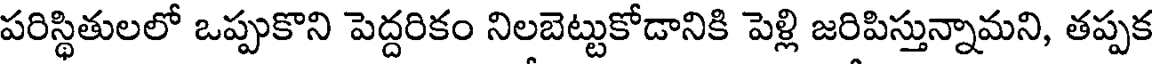
పరిస్థితులలో ఒప్పుకొని పెద్దరికం నిలబెట్టుకోడానికి పెళ్లి జరిపిస్తున్నామని, తప్పక